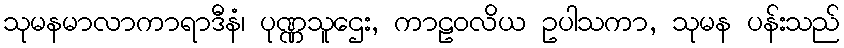
သုမနမာလာကာရာဒီနံ၊ ပုဏ္ဏသူဌေး, ကာဠဝလိယ ဥပါသကာ, သုမန ပန်းသည်